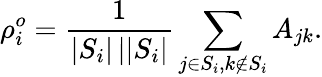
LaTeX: \rho_{i}^{o}=\frac{1}{\left|S_{i}\right|\left||S_{i}\right|}\sum_{j\in S_{i},k\notin S_{i}}A_{jk}.